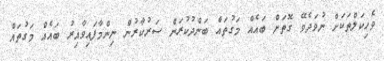
ވެހިކަލްތަކަށް ނުވަދެވޭ ގޮތަށް ބައެއް މަގުތައް ބަންދުކުރަން ސަރުކާރުން ނިންމާފައިވާއިރު ބައެއް މަގުތައް